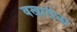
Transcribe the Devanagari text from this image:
वखारीचा